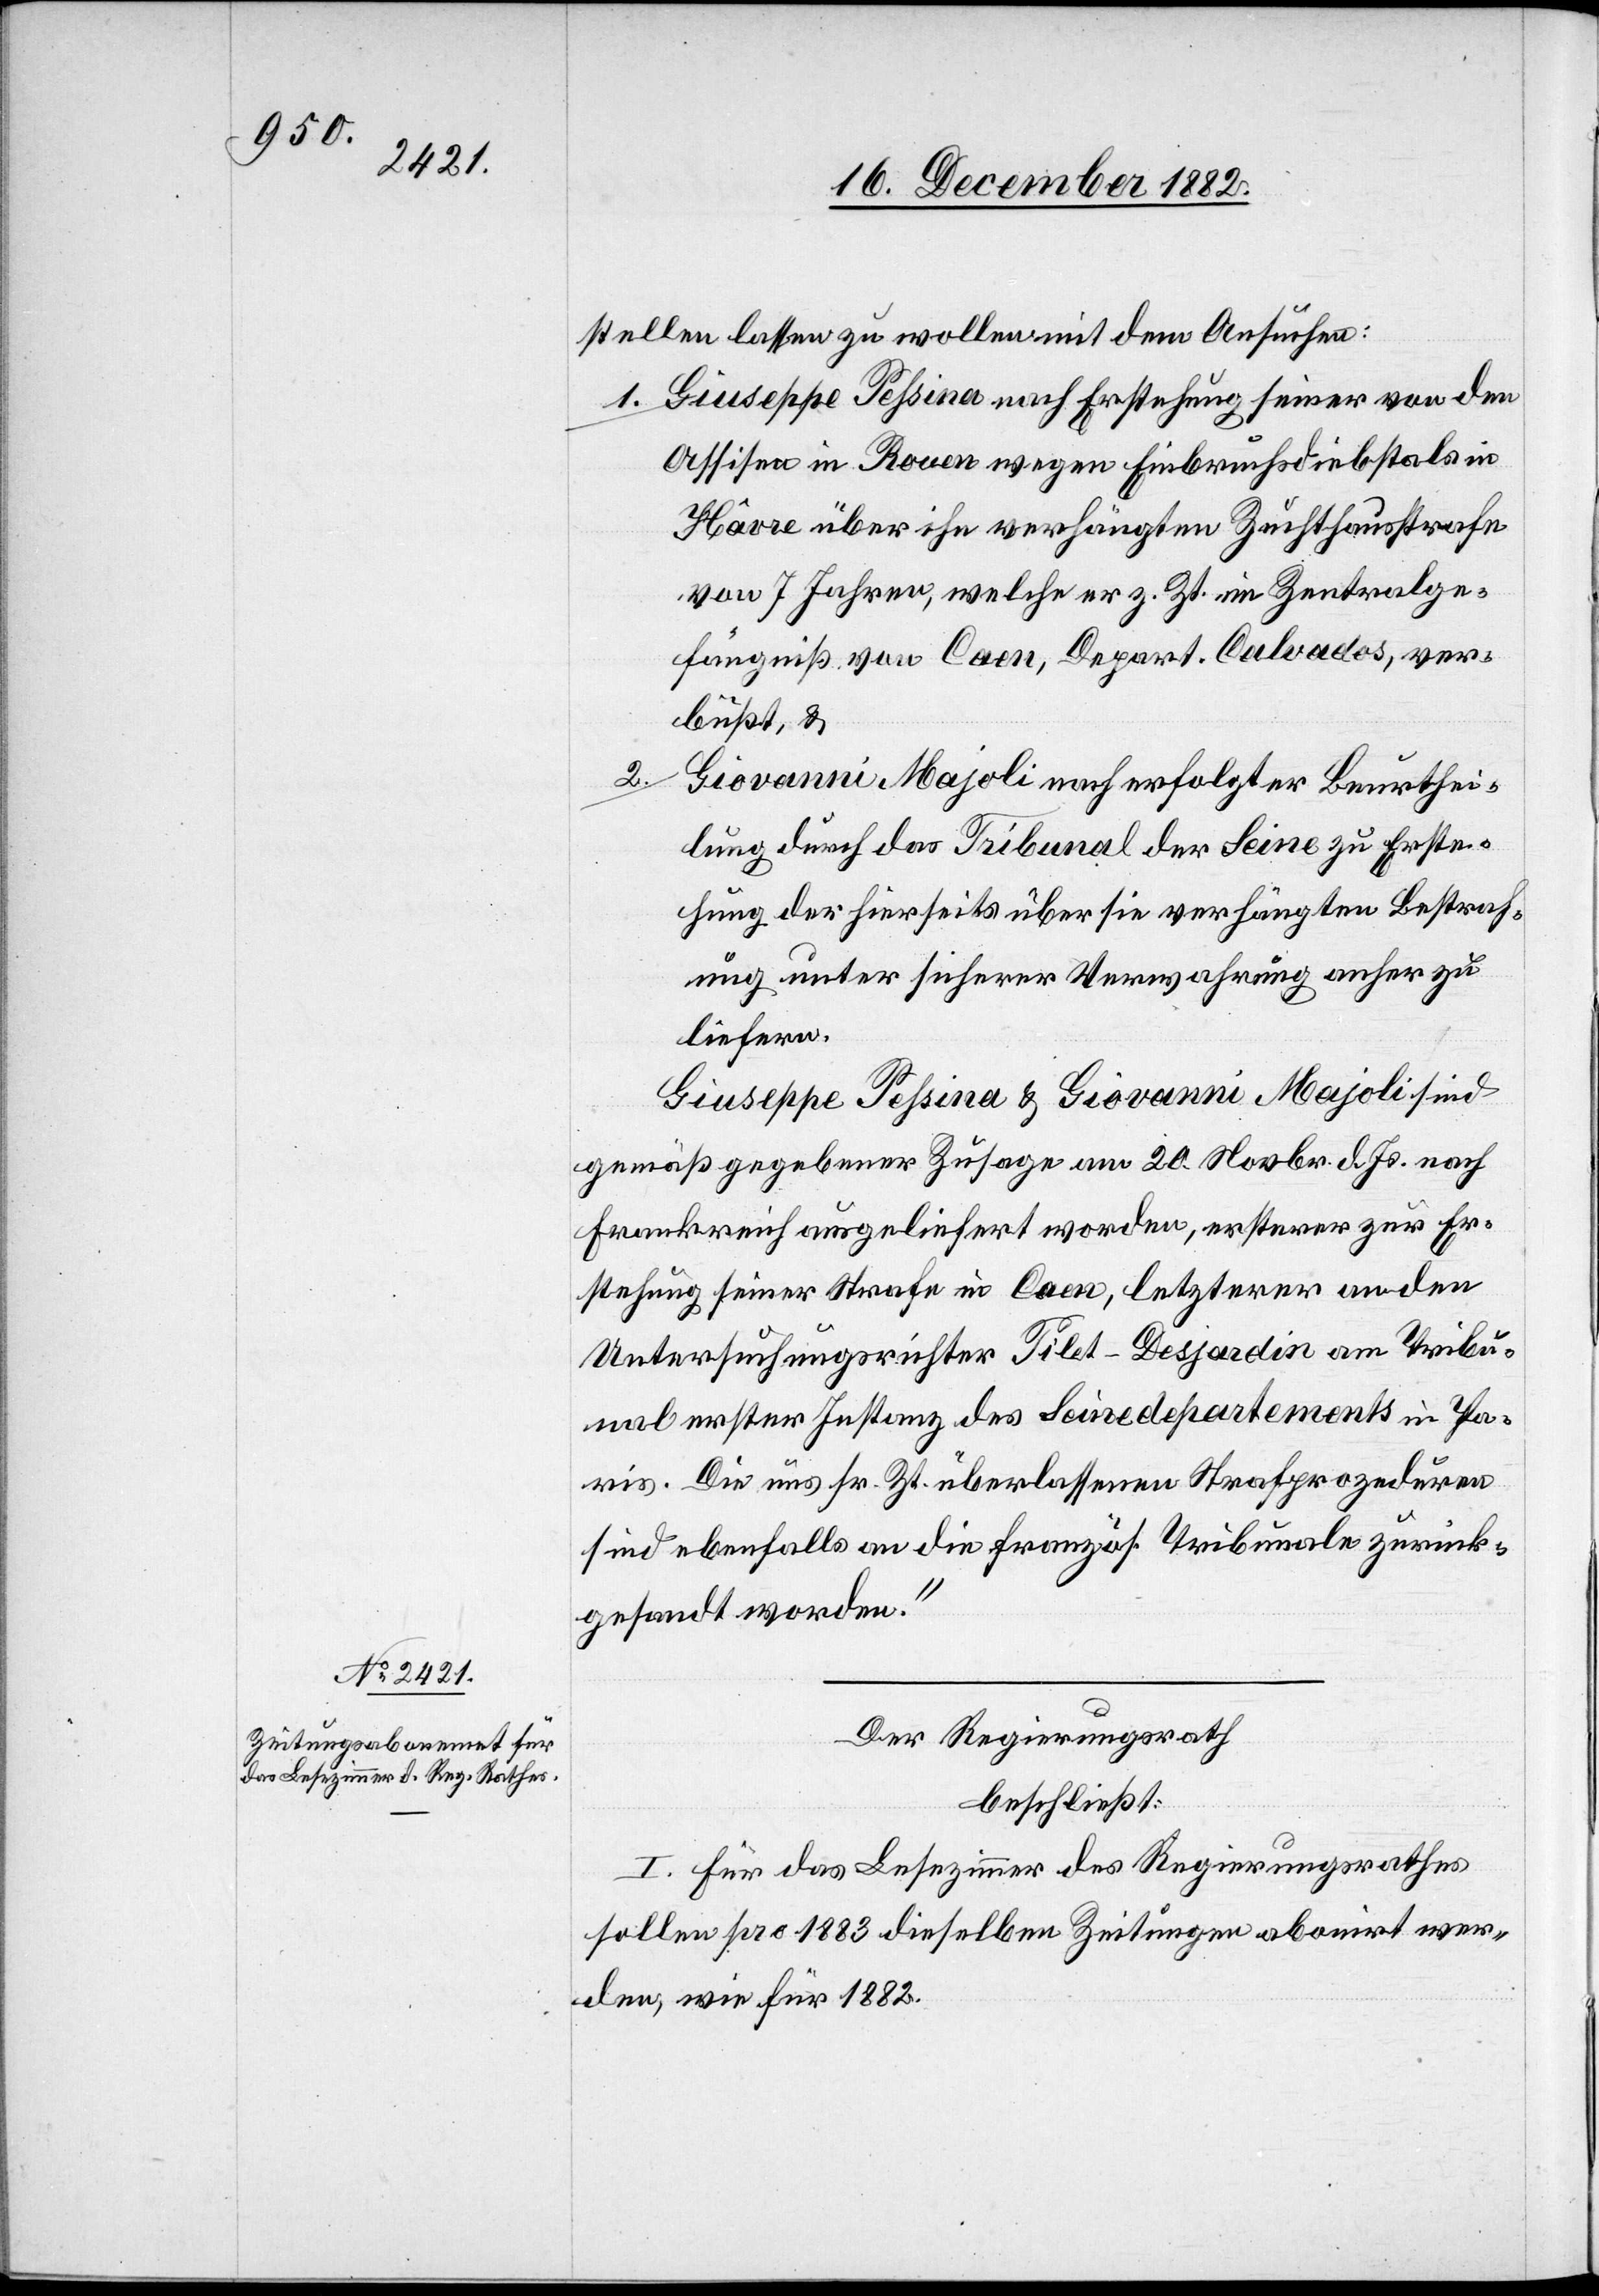
stellen lassen zu wollen mit dem Ansuchen:
1. Giuseppe Pessina nach Erstehung seiner von den
Assisen in Rouen wegen Einbruchsdiebstals in
Hâvre über ihn verhängten Zuchthausstrafe
von 7 Jahren, welche er z. Zt. im Zentralge¬
fängniß von Caen, Depart. Calvados, ver¬
büßt, &
2.
Giovanni Majoli nach erfolgter Beurthei¬
lung durch das Tribunal der Seine zu Erste¬
hung der hierseits über sie verhängten Bestraf¬
ung unter sicherer Verwahrung anher zu
liefern.
Giuseppe Pessina & Giovanni Majoli sind
gemäß gegebener Zusage am 20. Novbr. d. Js. nach
Frankreich ausgeliefert worden, ersterer zur Er¬
stehung seiner Strafe in Caen, letzterer an den
Untersuchungsrichter Tilet-Desjardin am Tribu¬
nal erster Instanz des Seinedepartements in Pa¬
ris. Die uns sr. Zt. überlassenen Strafprozeduren
sind ebenfalls an die französ. Tribunale zurück¬
gesandt worden.“
Der Regierungsrath
beschließt:
I. Für das Lesezimmer des Regierungsrathes
sollen pro 1883 dieselben Zeitungen abonirt wer¬
den, wie für 1882.